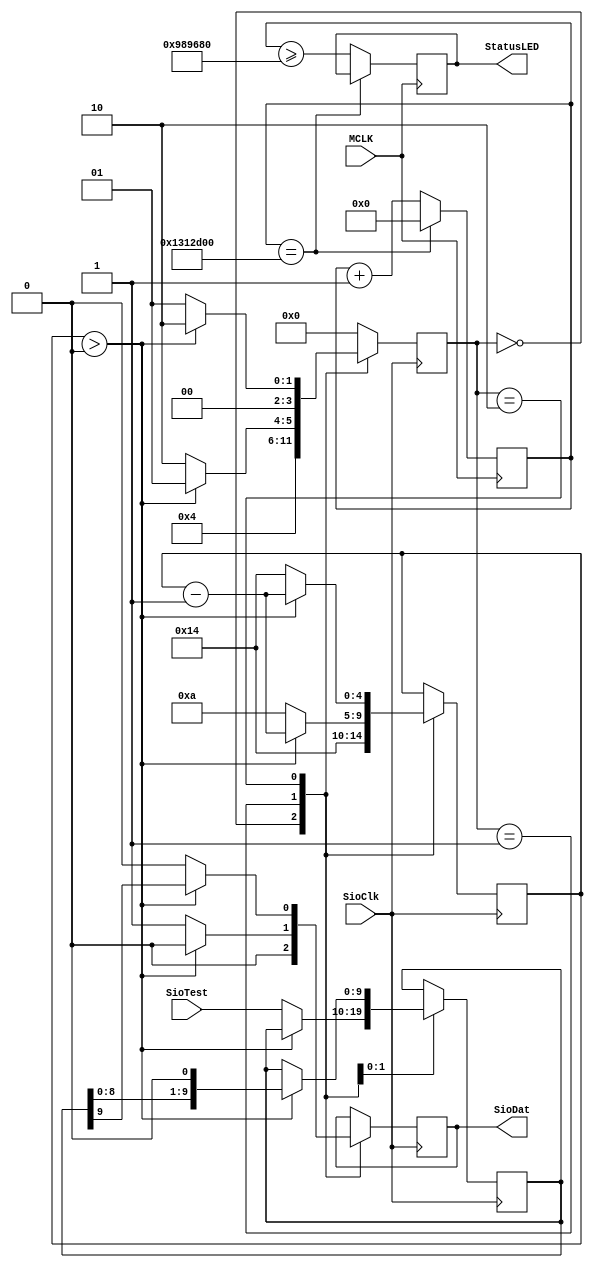
module SioATE (
	input					MCLK,
	input					SioClk,
	output reg			SioDat,
	input			[9:0]	SioTest,
	output reg			StatusLED
);

localparam	ST_INIT			= 4'd0;
localparam	ST_SEND_ZEROES	= 4'd1;
localparam	ST_SEND_BIT		= 4'd2;

reg	[3:0]	state;
reg	[4:0]	zerocount;
reg	[9:0]	shifter;

always @(posedge SioClk) begin
	case (state)
		ST_INIT: begin
						zerocount	<= 20;
						SioDat		<= 0;
						state			<= ST_SEND_ZEROES;
					end
		ST_SEND_ZEROES: begin
						if (zerocount > 0) begin
							// send 20 zeroes
							zerocount <= zerocount - 5'd1;
							SioDat <= 0;
							state <= ST_SEND_ZEROES;
						end else begin
							// send a '1', then start sending data bits
							SioDat <= 1;
							shifter <= SioTest; // 10'h355;
							zerocount <= 10;
							state <= ST_SEND_BIT;
						end
					end
		ST_SEND_BIT: begin
						if (zerocount > 0) begin
							SioDat <= shifter[9];
							shifter <= {shifter[8:0], 1'b0};
							zerocount <= zerocount - 5'd1;
							state <= ST_SEND_BIT;
						end else begin
							SioDat <= 0;
							zerocount <= 20;
							state <= ST_SEND_ZEROES;
						end
					end
		default: begin
						state <= ST_INIT;
					end
	endcase
end

// status LED blinker
reg [31:0] LEDcounter;
always @(posedge MCLK) begin
	if (LEDcounter == 32'd20_000_000) begin
		LEDcounter <= 32'd0;
	end else begin
		LEDcounter <= LEDcounter + 1;
		StatusLED <= (LEDcounter >= 32'd10_000_000);
	end
end

endmodule